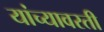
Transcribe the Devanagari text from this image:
यांच्यावरती